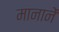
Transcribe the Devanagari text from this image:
मानानें